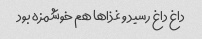
داغ داغ رسید و غذاها هم خوشمزه بود